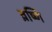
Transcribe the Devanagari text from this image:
व्रष्णि